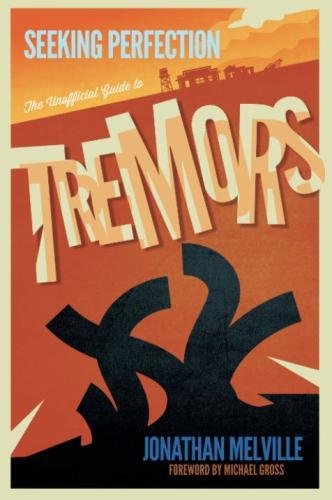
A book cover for Seeking Perfection: The Unofficial Guide to Tremors; Jonathan Melville; Humor & Entertainment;